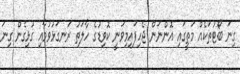
ގިނަ ބޯޓުތަކެއް މަތީގައި އޮންނަން ޖެހިފައިމިވަނީ ކޮވިޑުގެ ހާލަތު ރަނގަޅުވުމާއި ގުޅިގެން ގިނަ